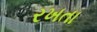
રખતા